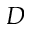
D